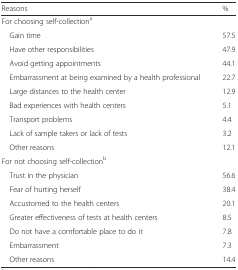
<table><thead><tr><td><b>Reasons</b></td><td><b>%</b></td></tr></thead><tbody><tr><td colspan="2">For choosing self-collection<sup>a</sup></td></tr><tr><td> Gain time</td><td>57.5</td></tr><tr><td> Have other responsibilities</td><td>47.9</td></tr><tr><td> Avoid getting appointments</td><td>44.1</td></tr><tr><td> Embarrassment at being examined by a health professional</td><td>22.7</td></tr><tr><td> Large distances to the health center</td><td>12.9</td></tr><tr><td> Bad experiences with health centers</td><td>5.1</td></tr><tr><td> Transport problems</td><td>4.4</td></tr><tr><td> Lack of sample takers or lack of tests</td><td>3.2</td></tr><tr><td> Other reasons</td><td>12.1</td></tr><tr><td colspan="2">For not choosing self-collection<sup>b</sup></td></tr><tr><td> Trust in the physician</td><td>56.6</td></tr><tr><td> Fear of hurting herself</td><td>38.4</td></tr><tr><td> Accustomed to the health centers</td><td>20.1</td></tr><tr><td> Greater effectiveness of tests at health centers</td><td>8.5</td></tr><tr><td> Do not have a comfortable place to do it</td><td>7.8</td></tr><tr><td> Embarrassment</td><td>7.3</td></tr><tr><td> Other reasons</td><td>14.4</td></tr></tbody></table>